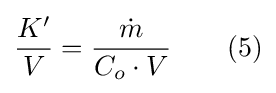
{\frac {K'}{V}}={\frac {\dot {m}}{C_{o}\cdot V}}\qquad (5)